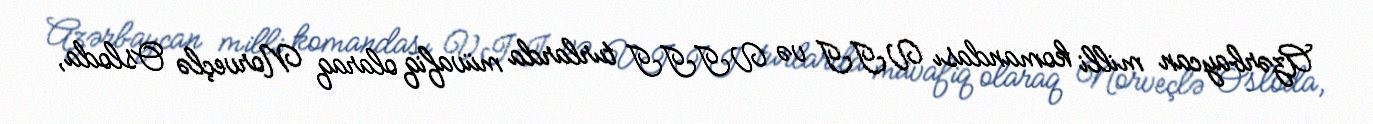
Azərbaycan milli komandası VII və VIII turlarda müvafiq olaraq Norveçlə Osloda,